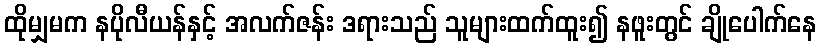
ထိုမျှမက နပိုလီယန်နှင့် အလက်ဇန်း ဒရားသည် သူများထက်ထူး၍ နဖူးတွင် ချိုပေါက်နေ